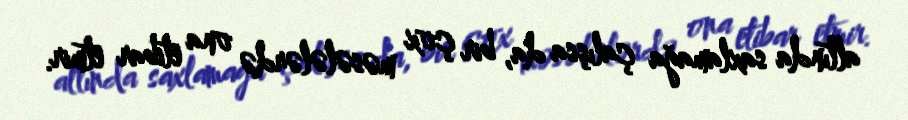
altında saxlamağa çalışsa da, bir çox məsələlərdə ona etibar etmir.